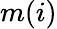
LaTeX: m(i)